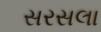
સરસલા